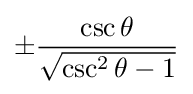
\pm {\frac {\csc \theta }{\sqrt {\csc ^{2}\theta -1}}}